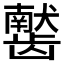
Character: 𫜰